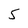
Character: 5